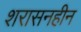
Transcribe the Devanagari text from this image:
शरासनहीन